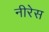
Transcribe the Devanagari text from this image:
नीरेस